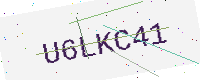
Text: U6LKC41